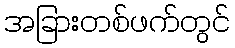
အခြားတစ်ဖက်တွင်